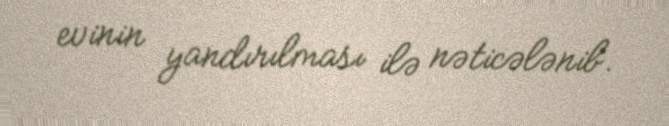
evinin yandırılması ilə nəticələnib.